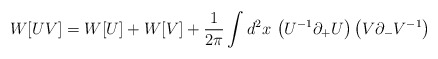
\begin{align*}W[UV]=W[U] + W[V] + {1\over{2\pi}}\int d^2x\, \left(U^{-1}\partial_+ U\right)\left(V\partial_- V^{-1}\right)\end{align*}